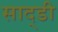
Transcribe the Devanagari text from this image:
साद्डी